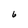
Character: 6